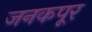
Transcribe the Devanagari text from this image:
जनकपूर